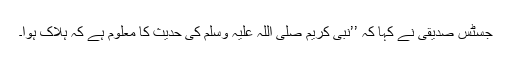
جسٹس صدیقی نے کہا کہ ’’نبی کریم صلی اللہ علیہ وسلم کی حدیث کا معلوم ہے کہ ہلاک ہوا۔